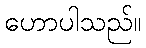
ဟောပါသည်။